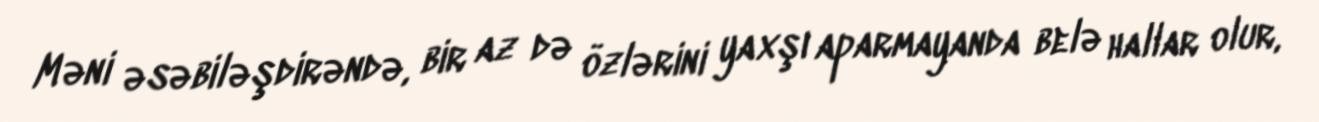
Məni əsəbiləşdirəndə, bir az də özlərini yaxşı aparmayanda belə hallar olur,